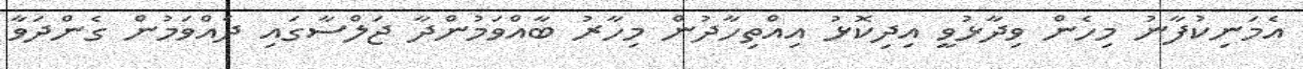
އެމަނިކުފާނު މިހެން ވިދާޅުވީ އިދިކޮޅު އިއްތިހާދުން މިހާރު ބާއްވަމުންދާ ޖަލްސާގައި ދެއްވަމުން ގެންދަވާ